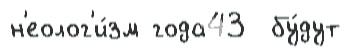
н'еолог'и́зм года43  бу́дут